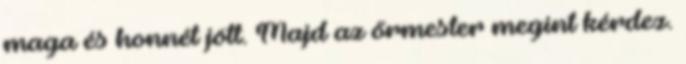
maga és honnét jött. Majd az őrmester megint kérdez.